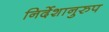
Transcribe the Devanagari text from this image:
निर्देशानुरुप